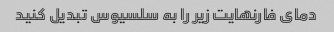
دمای فارنهایت زیر را به سلسیوس تبدیل کنید